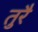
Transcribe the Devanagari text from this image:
तुरै